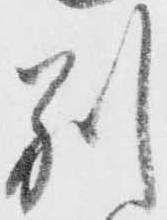
別